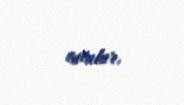
tutulur.